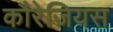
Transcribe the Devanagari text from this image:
कौरेजियस